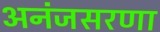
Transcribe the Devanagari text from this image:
अनंजसरणा